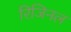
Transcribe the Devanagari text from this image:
रिजिनल